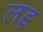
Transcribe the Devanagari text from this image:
लड़़